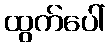
ထွက်ပေါ်